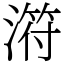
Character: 𣻜